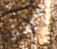
أكثر